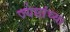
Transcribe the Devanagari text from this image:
ज्येष्ठांच्या